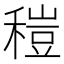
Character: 䅱